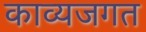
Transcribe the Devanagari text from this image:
काव्यजगत